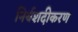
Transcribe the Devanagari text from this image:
निर्यशदीकरण